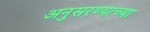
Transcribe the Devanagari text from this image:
अनुसरण्याच्या